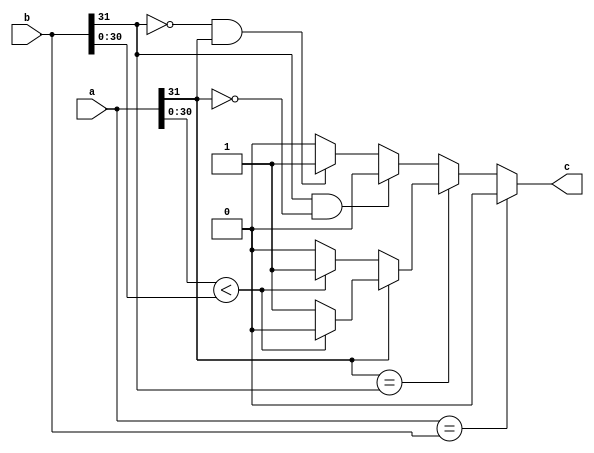
module fplessthan #(
	//Parameterized values
	parameter Q = 15,
	parameter N = 32
	)
	(
    input [N-1:0] a,
    input [N-1:0] b,
    output c
    );

reg res;

assign c = res;

always @(*) begin
	
	if(a == b) 
	begin
		res = 1'b0;
	end
	// both negative or both positive
	else if(a[N-1] == b[N-1]) begin			   
		if(a[N-1] == 0) begin         // positive			
			if( a[N-2:0] < b[N-2:0] ) begin
				res = 1'b1;
			end
			else  
			begin
			   res = 1'b0;
			end		
		end
		else begin         				// negative			             
		   if( a[N-2:0] < b[N-2:0] ) 
			begin
				res = 1'b0;
			end
			else  begin
			   res = 1'b1;
			end
		
		end
	end												
	//	one of them is negative
	else if ( (b[N-1] == 1) && (a[N-1] == 0)) 
	begin
				res = 1'b0;
	end
	else if ((b[N-1] == 0) && (a[N-1] == 1)) begin
			res = 1'b1;
	end
	else 
		res = 1'b0;
	
end
	
endmodule